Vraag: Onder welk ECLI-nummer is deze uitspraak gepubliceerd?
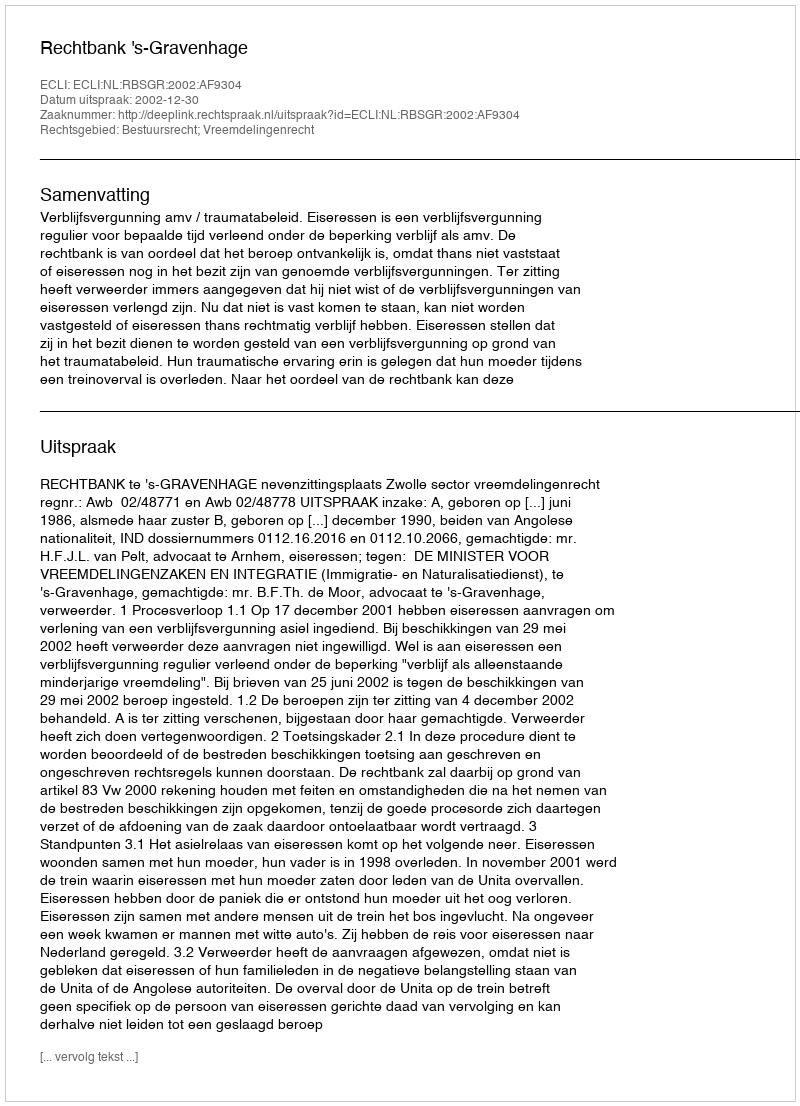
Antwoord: ECLI:NL:RBSGR:2002:AF9304